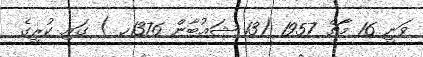
ވަނީ 16 މާޗް 1957 (13 ޝަޢުބާން 1376ހ ) ގައި ކުރީގެ